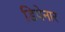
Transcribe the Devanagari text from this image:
डिपेनार